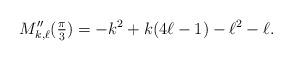
LaTeX: \begin{align*} M_{k,\ell}''(\tfrac{\pi}{3}) = -k^2 + k(4\ell - 1) - \ell^2 - \ell .\end{align*}